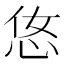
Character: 𢘂